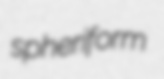
spheriform